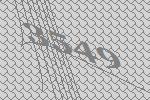
3549